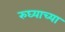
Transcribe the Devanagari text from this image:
रुघ्याच्या